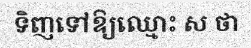
ទិញទៅឱ្យឈ្មោះ ស ថា